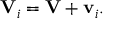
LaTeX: \mathbf { V } _ { i } = \mathbf { V } + \mathbf { v } _ { i } .